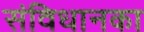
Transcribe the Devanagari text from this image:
संविधानका